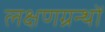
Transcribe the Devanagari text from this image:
लक्षणग्रन्थों